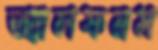
অ্যালফনস